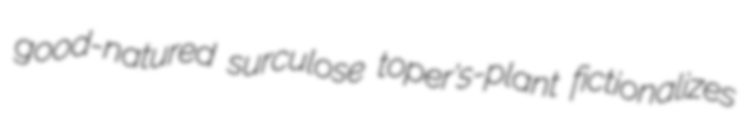
good-natured surculose toper's-plant fictionalizes